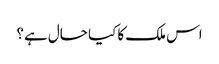
اس ملک کا کیا حال ہے؟